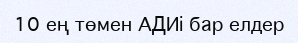
10 ең төмен АДИі бар елдер